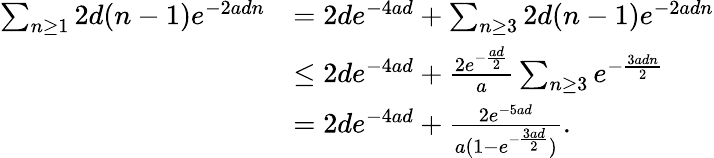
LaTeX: \begin{array}{rl}{\sum_{n\geq 1}2d(n-1)e^{-2adn}}&{=2de^{-4ad}+\sum_{n\geq 3}2d(n-1)e^{-2adn}}\\ &{\leq 2de^{-4ad}+\frac{2e^{-\frac{ad}{2}}}{a}\sum_{n\geq 3}e^{-\frac{3adn}{2}}}\\ &{=2de^{-4ad}+\frac{2e^{-5ad}}{a(1-e^{-\frac{3ad}{2}})}.}\end{array}